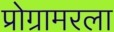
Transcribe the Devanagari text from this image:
प्रोग्रामरला